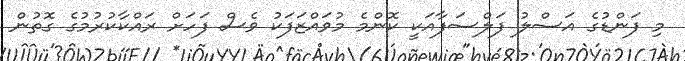
މި ފަންޑުގެ އަސްލު ފަލްސަފާއަކީ ކޮންމެ މުވައްޒަފަކު ވެސް ފަހަށް ރައްކާކުރުމުގެ ގޮތުން